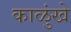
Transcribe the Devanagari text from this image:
काळुंखे